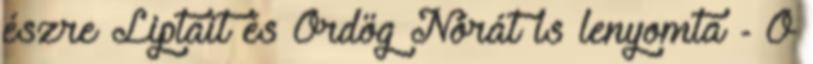
észre Liptait és Ördög Nórát is lenyomta - Ő